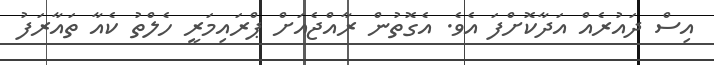
އިސް ދައުރެއް އަދާކޮށްފަ އެވެ. އެގޮތުން ރާއްޖެއަށް ޕްރައިމަރީ ހެލްތު ކެއާ ތައާރަފު